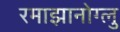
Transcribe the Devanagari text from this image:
रमाझानोग्लु